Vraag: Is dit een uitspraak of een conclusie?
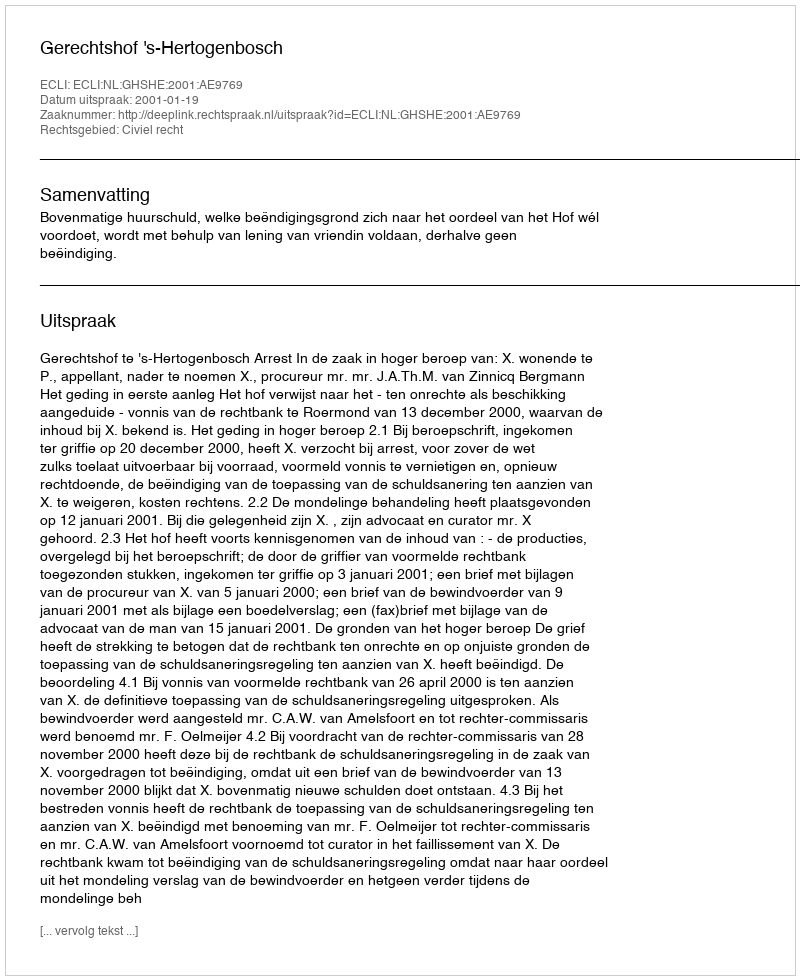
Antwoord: Uitspraak